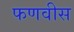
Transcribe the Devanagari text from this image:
फणवीस